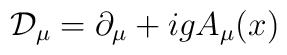
{\cal D}_{\mu} = \partial_{\mu} + i g A_{\mu}(x)